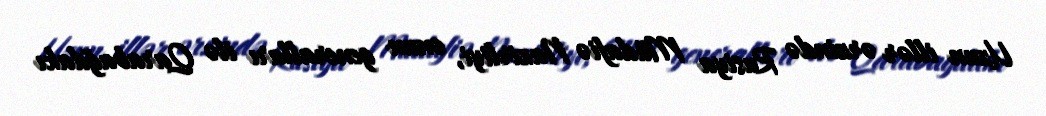
Uzun illər ərzində Rusiya Müdafiə Nazirliyi, onun generalları ilə Qarabağdakı